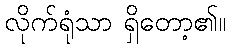
လိုက်ရုံသာ ရှိတော့၏။